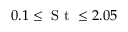
0 . 1 \leq \mathrm { ~ S ~ t ~ } \leq 2 . 0 5